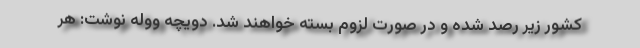
کشور زیر رصد شده و در صورت لزوم بسته خواهند شد. دویچه ووله نوشت: هر